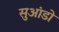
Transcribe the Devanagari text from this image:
सुआंडो